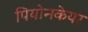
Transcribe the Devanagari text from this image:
पियोनकेयर